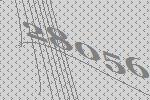
28056